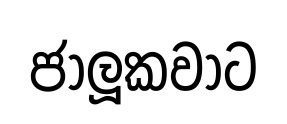
ජාලූකවාට